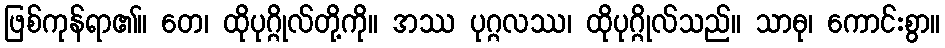
ဖြစ်ကုန်ရာ၏။ တေ၊ ထိုပုဂ္ဂိုလ်တို့ကို။ အဿ ပုဂ္ဂလဿ၊ ထိုပုဂ္ဂိုလ်သည်။ သာဓု၊ ကောင်းစွာ။